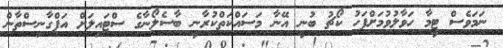
ނަމަވެސް ޓީމާ ހަވާލުވުމަށްފަހު ކޯޗު ބުނީ އޭނާ މަސައްކަތްކުރާނީ ބާސެލޯނާގެ ސްޓައިލަށް އަފްގާނިސްތާން